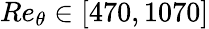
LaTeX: Re_{\theta}\in[470,1070]